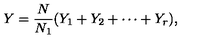
Y = { \frac { N } { N _ { 1 } } } ( Y _ { 1 } + Y _ { 2 } + \cdots + Y _ { r } ) ,